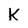
Character: K